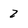
Character: 2